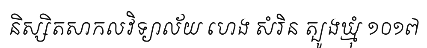
និស្សិតសាកលវិទ្យាល័យ ហេង សំរិន ត្បូងឃ្មុំ ១០១៧